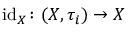
\operatorname { i d } _ { X } \colon ( X , \tau _ { i } ) \to X